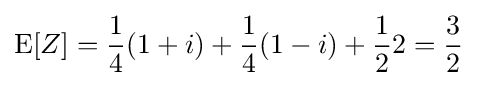
\operatorname {E} [Z]={\frac {1}{4}}(1+i)+{\frac {1}{4}}(1-i)+{\frac {1}{2}}2={\frac {3}{2}}